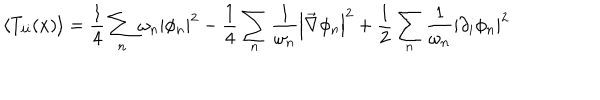
\left\langle T _ { i i } ( x ) \right\rangle = \frac { 1 } { 4 } \sum _ { n } \omega _ { n } \left| \phi _ { n } \right| ^ { 2 } - \frac { 1 } { 4 } \sum _ { n } \frac { 1 } { \omega _ { n } } \left| \vec { \nabla } \phi _ { n } \right| ^ { 2 } + \frac { 1 } { 2 } \sum _ { n } \frac { 1 } { \omega _ { n } } \left| \partial _ { i } \phi _ { n } \right| ^ { 2 }